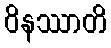
ဝိနဿာတိ